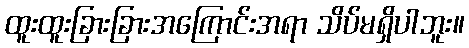
ထူးထူးခြားခြားအကြောင်းအရာ သိပ်မရှိပါဘူး။